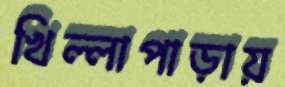
খিল্লাপাড়ায়